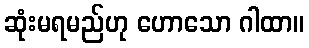
ဆုံးမရမည်ဟု ဟောသော ဂါထာ။